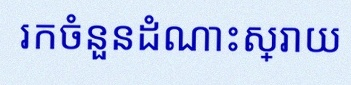
រកចំនួនដំណោះស្រាយ